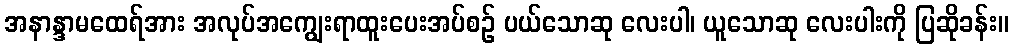
အနာန္ဒာမထေရ်အား အလုပ်အကျွေးရာထူးပေးအပ်စဉ် ပယ်သောဆု လေးပါ၊ ယူသောဆု လေးပါးကို ပြဆိုခန်း။